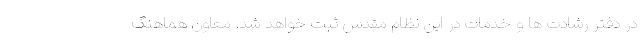
در دفتر رشادت ها و خدمات در این نظام مقدس ثبت خواهد شد. معاون هماهنگ